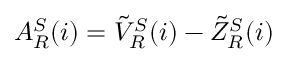
\begin{array} { r } { A _ { R } ^ { S } ( i ) = \tilde { V } _ { R } ^ { S } ( i ) - \tilde { Z } _ { R } ^ { S } ( i ) } \end{array}